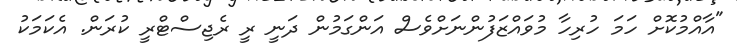
"އާއްމުކޮށް ހަމަ ހުރިހާ މުވައްޒަފުންނަށްވެސް އަންގަމުން ދަނީ ރީ ރެޖިސްޓްރީ ކުރަން. އެކަމަކު